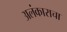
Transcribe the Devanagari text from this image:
अलंकाराचा